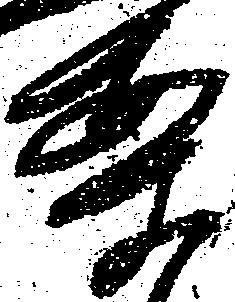
案